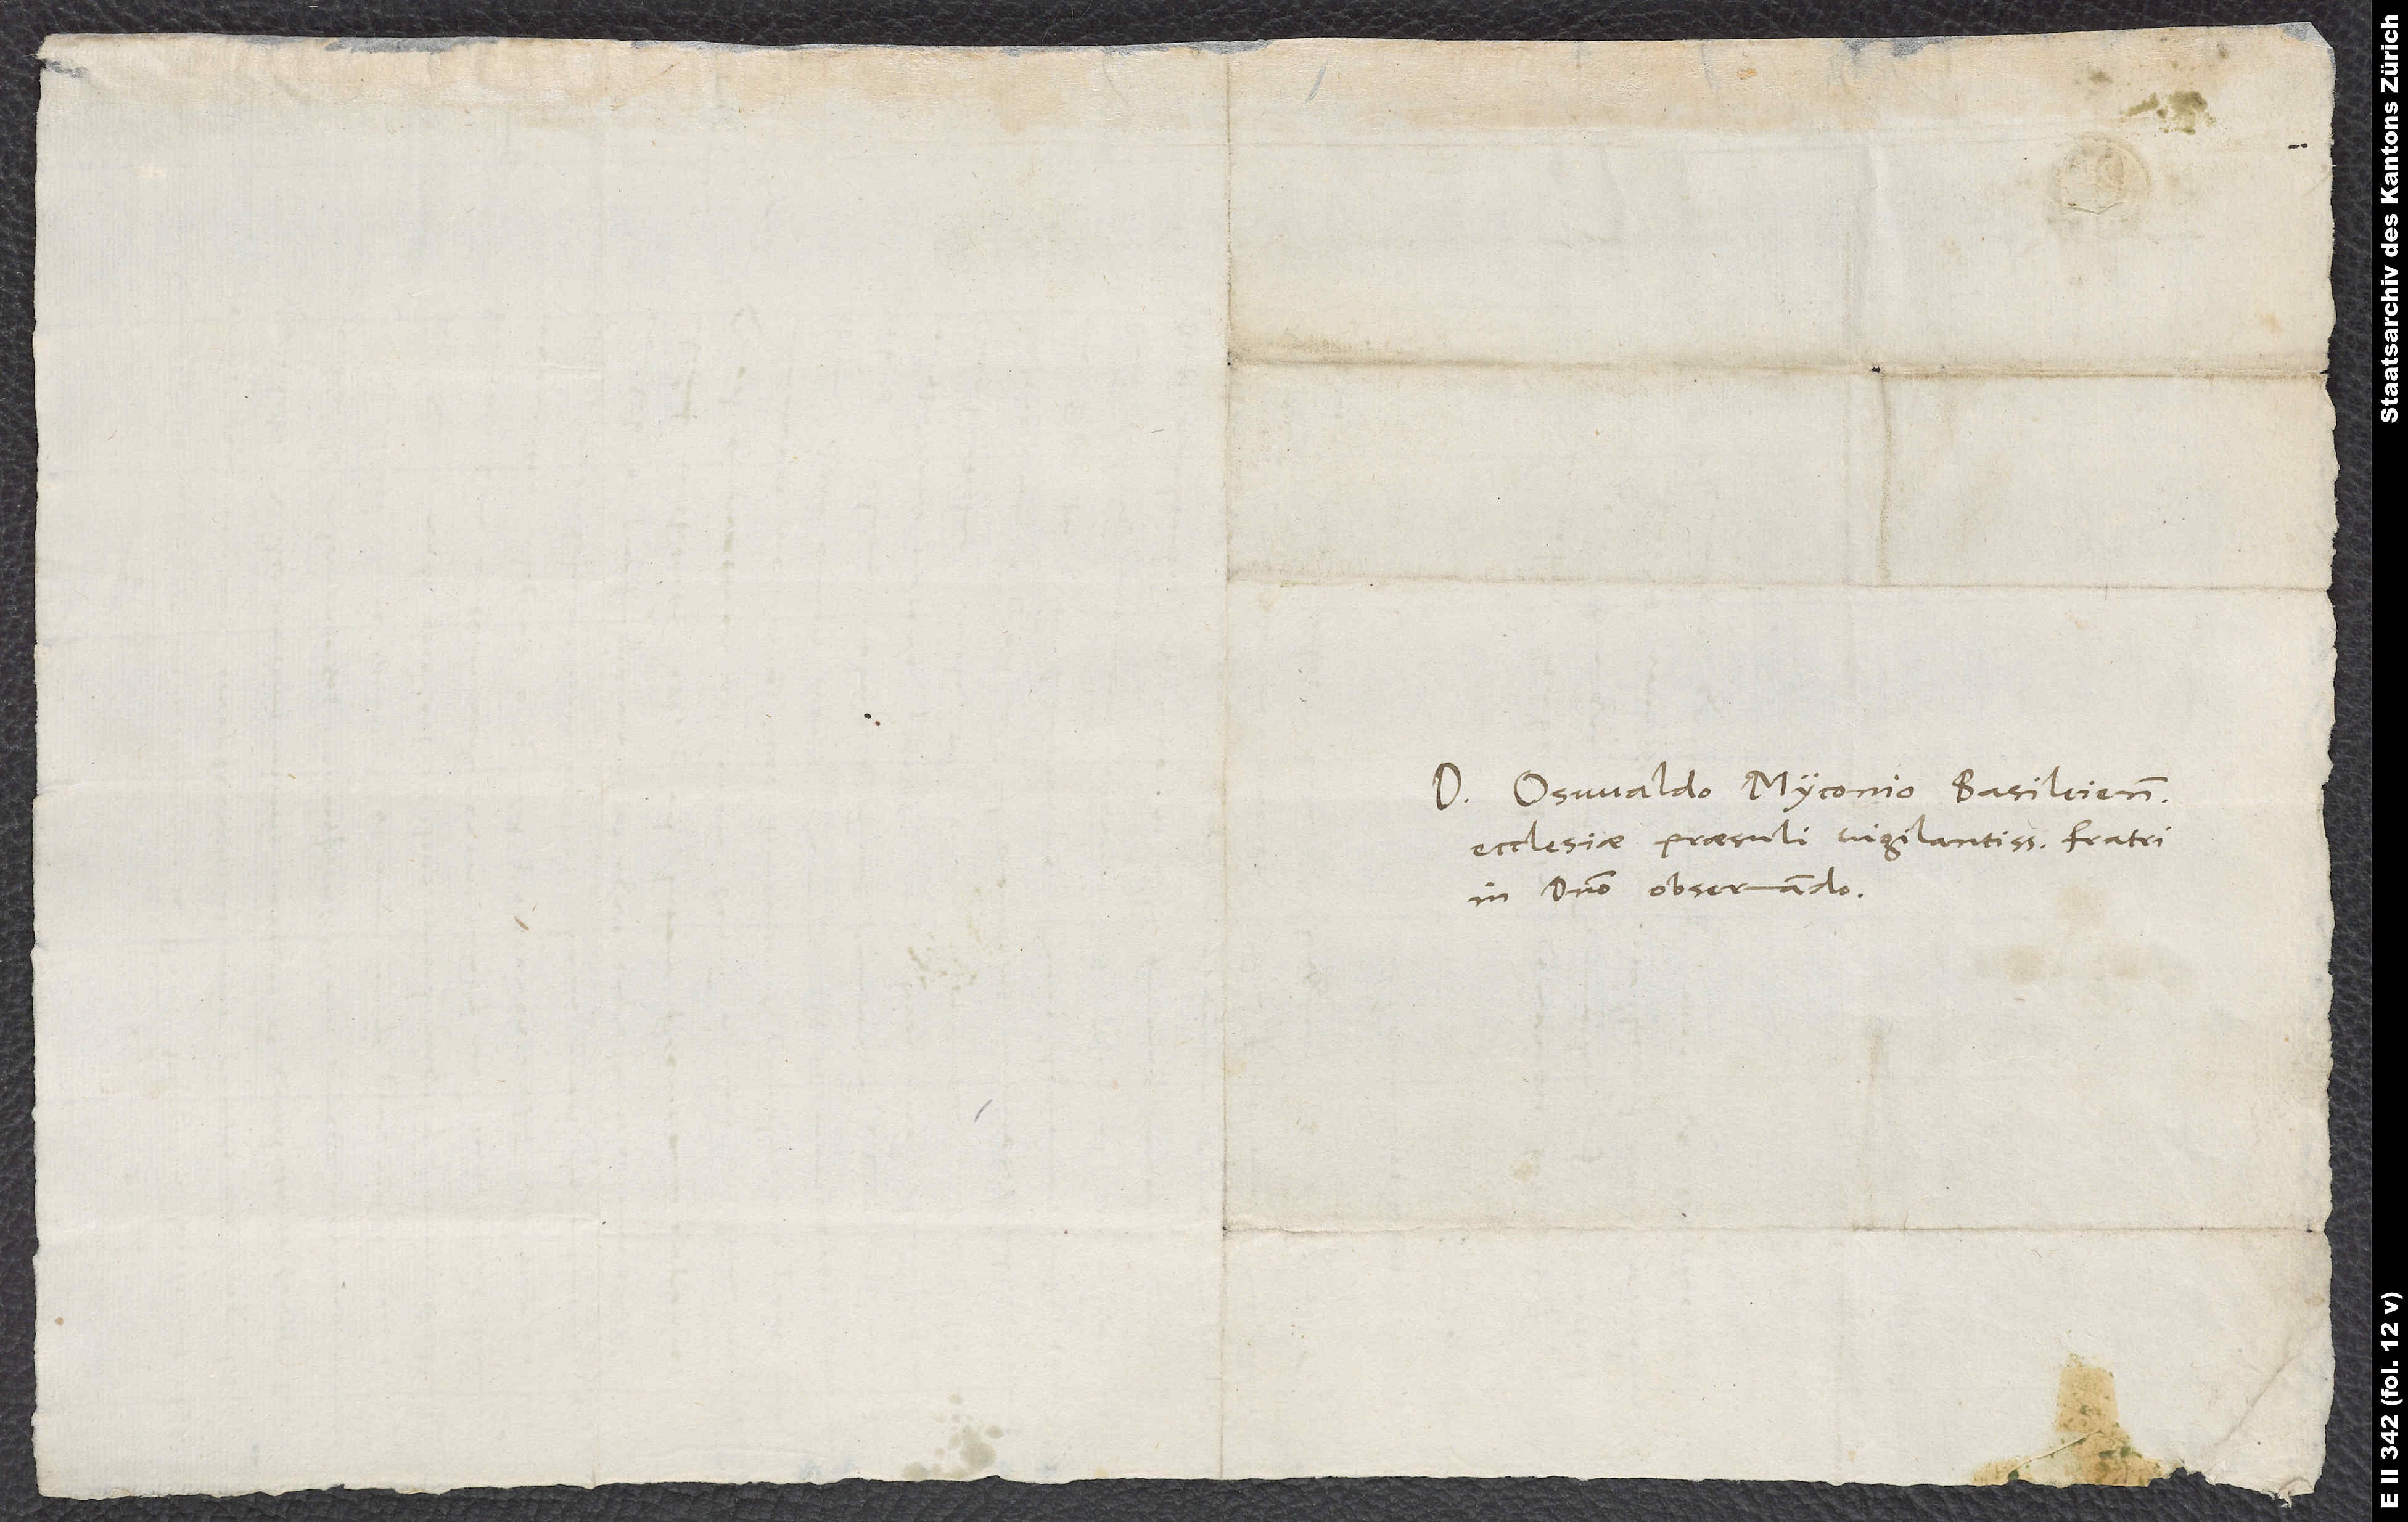
Domino Oswaldo Myconio, Basileiensis
ecclesiae praesuli vigilantissimo, fratri
in domino observando.